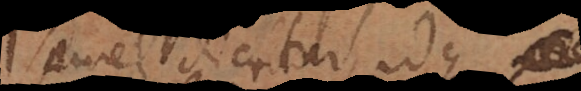
semel dicitur, idque